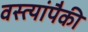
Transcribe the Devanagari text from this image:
वस्त्यांपैकी